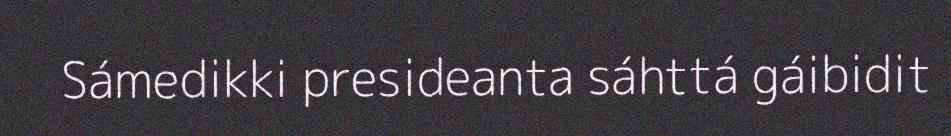
Sámedikki presideanta sáhttá gáibidit